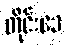
တိုင်းဒေ